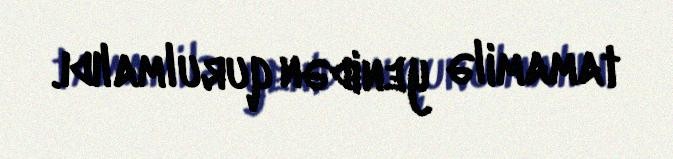
tamamilə yenidən qurulmalıdı.